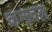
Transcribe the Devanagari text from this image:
कनावल